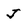
Character: J